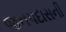
જનપદાસની